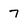
Character: 7